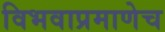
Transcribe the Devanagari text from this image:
विभवाप्रमाणेच